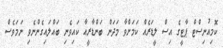
ކޮމިއުނިސްޓް ޕާޓީގެ އިސް ލީޑަރެއް ކަމަށްވާ މަދަން ބަންޑާރީއާ ކައިވެނި ބައްލައިގެންނެވި ނަމަވެސް